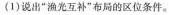
(1)说出”渔光互补”布局的区位条件。